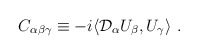
\begin{align*}C_{\alpha\beta\gamma}\equiv-i\langle{\cal D}_\alpha U_\beta,U_\gamma\rangle \ . \end{align*}